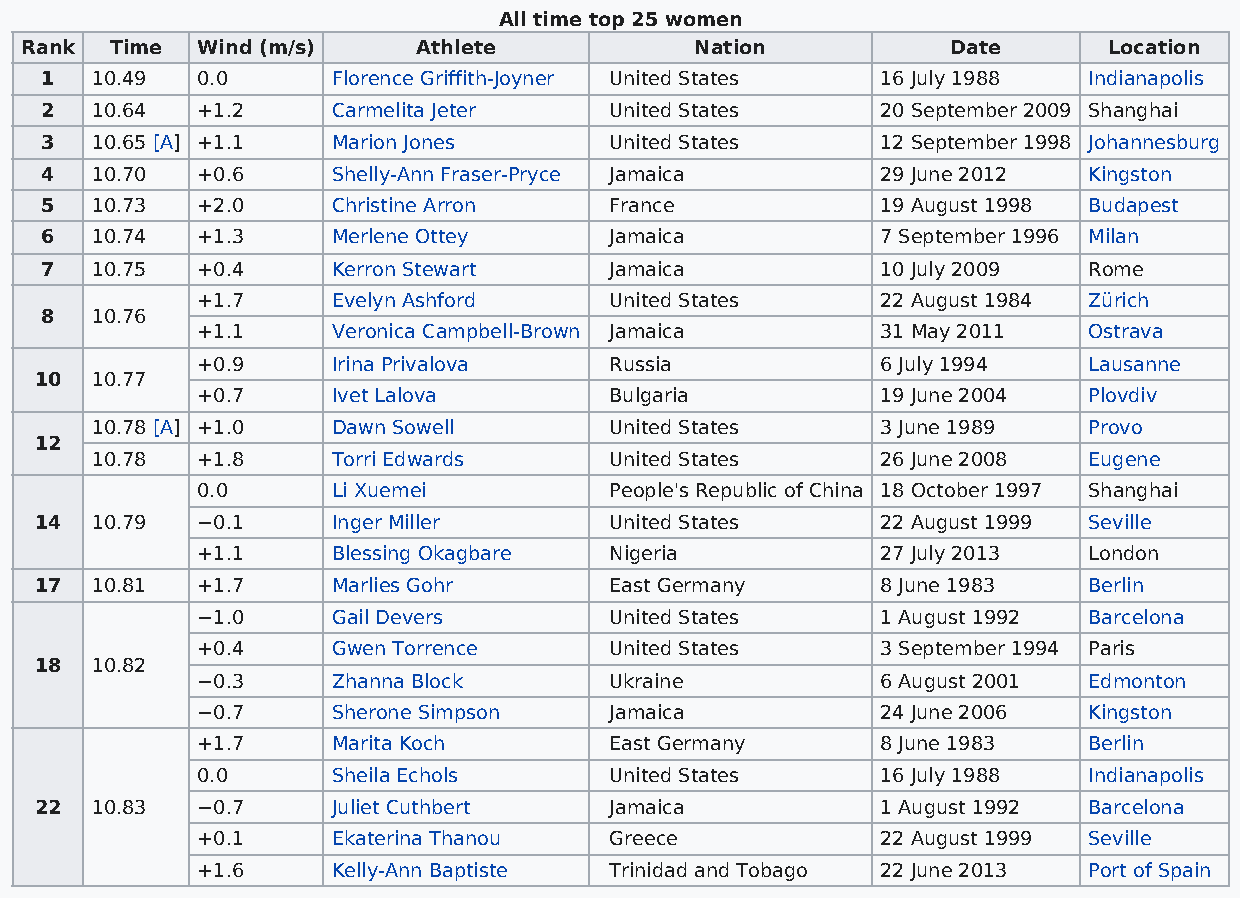
All time top 25 women
 Rank  Time  Wind (m/s)     Athlete           Nation           Date      Location
 1  10.49  0.0      Florence Griffith-Joyner United States 16 July 1988 Indianapolis
 2  10.64  +1.2     Carmelita Jeter   United States     20 September 2009 Shanghai
 3  10.65 [A] +1.1  Marion Jones      United States     12 September 1998 Johannesburg
 4  10.70  +0.6     Shelly-Ann Fraser-Pryce Jamaica     29 June 2012  Kingston
 5  10.73  +2.0     Christine Arron   France            19 August 1998 Budapest
 6  10.74  +1.3     Merlene Ottey     Jamaica           7 September 1996 Milan
 7  10.75  +0.4     Kerron Stewart    Jamaica           10 July 2009  Rome
 +1.7     Evelyn Ashford    United States     22 August 1984 Zürich
 8  10.76
 +1.1     Veronica Campbell-Brown Jamaica     31 May 2011   Ostrava
 +0.9     Irina Privalova   Russia            6 July 1994   Lausanne
 10  10.77
 +0.7     Ivet Lalova       Bulgaria          19 June 2004  Plovdiv
 10.78 [A] +1.0  Dawn Sowell       United States     3 June 1989   Provo
 12
 10.78  +1.8     Torri Edwards     United States     26 June 2008  Eugene
 0.0      Li Xuemei         People's Republic of China 18 October 1997 Shanghai
 14  10.79  −0.1     Inger Miller      United States     22 August 1999 Seville
 +1.1     Blessing Okagbare Nigeria           27 July 2013  London
 17  10.81  +1.7     Marlies Gohr      East Germany      8 June 1983   Berlin
 −1.0     Gail Devers       United States     1 August 1992 Barcelona
 +0.4     Gwen Torrence     United States     3 September 1994 Paris
 18  10.82
 −0.3     Zhanna Block      Ukraine           6 August 2001 Edmonton
 −0.7     Sherone Simpson   Jamaica           24 June 2006  Kingston
 +1.7     Marita Koch       East Germany      8 June 1983   Berlin
 0.0      Sheila Echols     United States     16 July 1988  Indianapolis
 22  10.83  −0.7     Juliet Cuthbert   Jamaica           1 August 1992 Barcelona
 +0.1     Ekaterina Thanou  Greece            22 August 1999 Seville
 +1.6     Kelly-Ann Baptiste Trinidad and Tobago 22 June 2013 Port of Spain